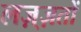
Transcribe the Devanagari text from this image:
लज़्ज़तों